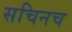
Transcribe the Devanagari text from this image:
सचिनच